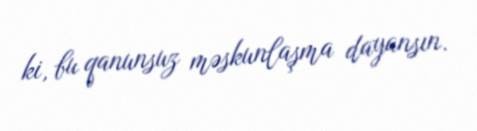
ki, bu qanunsuz məskunlaşma dayansın.